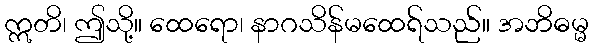
ဣတိ၊ ဤသို့။ ထေရော၊ နာဂသိန်မထေရ်သည်။ အဘိဓမ္မ